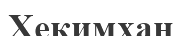
Хекимхан